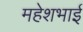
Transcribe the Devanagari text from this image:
महेशभाई